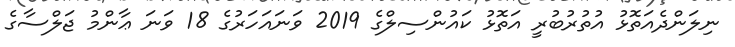
ނިލަންދެއަތޮޅު އުތުރުބުރީ އަތޮޅު ކައުންސިލްގެ 2019 ވަނައަހަރުގެ 18 ވަނަ ޢާންމު ޖަލްސާގެ